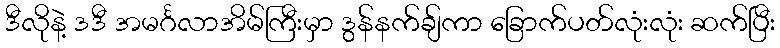
ဒီလိုနဲ့ ဒဒီ အမင်္ဂလာအိမ်ကြီးမှာ ဒွန်နက်ချ်ကာ ခြောက်ပတ်လုံးလုံး ဆက်ပြီး